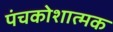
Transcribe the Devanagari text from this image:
पंचकोशात्मक